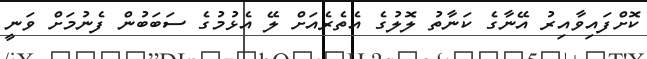
ކޮށްފައިވާއިރު އޭނާގެ ކަނާތު ލޮލުގެ އެތެރެއަށް ލޭ އެޅުމުގެ ސަބަބުން ފެނުމަށް ވަނީ